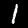
Digit: 1